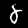
Label: 8